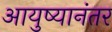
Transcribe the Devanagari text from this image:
आयुष्यानंतर